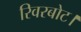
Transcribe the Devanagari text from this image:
रिवरबोट।